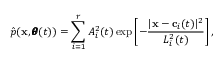
\hat { p } ( \mathbf x , \pmb \theta ( t ) ) = \sum _ { i = 1 } ^ { r } A _ { i } ^ { 2 } ( t ) \exp \left[ - \frac { | \mathbf x - \mathbf c _ { i } ( t ) | ^ { 2 } } { L _ { i } ^ { 2 } ( t ) } \right] ,